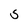
Character: 5